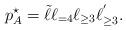
LaTeX: \begin{align*}p^\star_A = \tilde{\ell} \ell_{=4} \ell_{\ge 3} \ell^{'}_{\ge 3}.\end{align*}